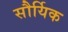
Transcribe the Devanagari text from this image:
सौर्यिक